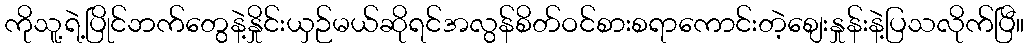
ကိုသူ့ရဲ့ပြိုင်ဘက်တွေနဲ့နှိုင်းယှဉ်မယ်ဆိုရင်အလွန်စိတ်ဝင်စားစရာကောင်းတဲ့စျေးနှုန်းနဲ့ပြသလိုက်ပြီ။